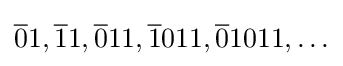
{\overline {0}}1,{\overline {1}}1,{\overline {0}}11,{\overline {1}}011,{\overline {0}}1011,\ldots